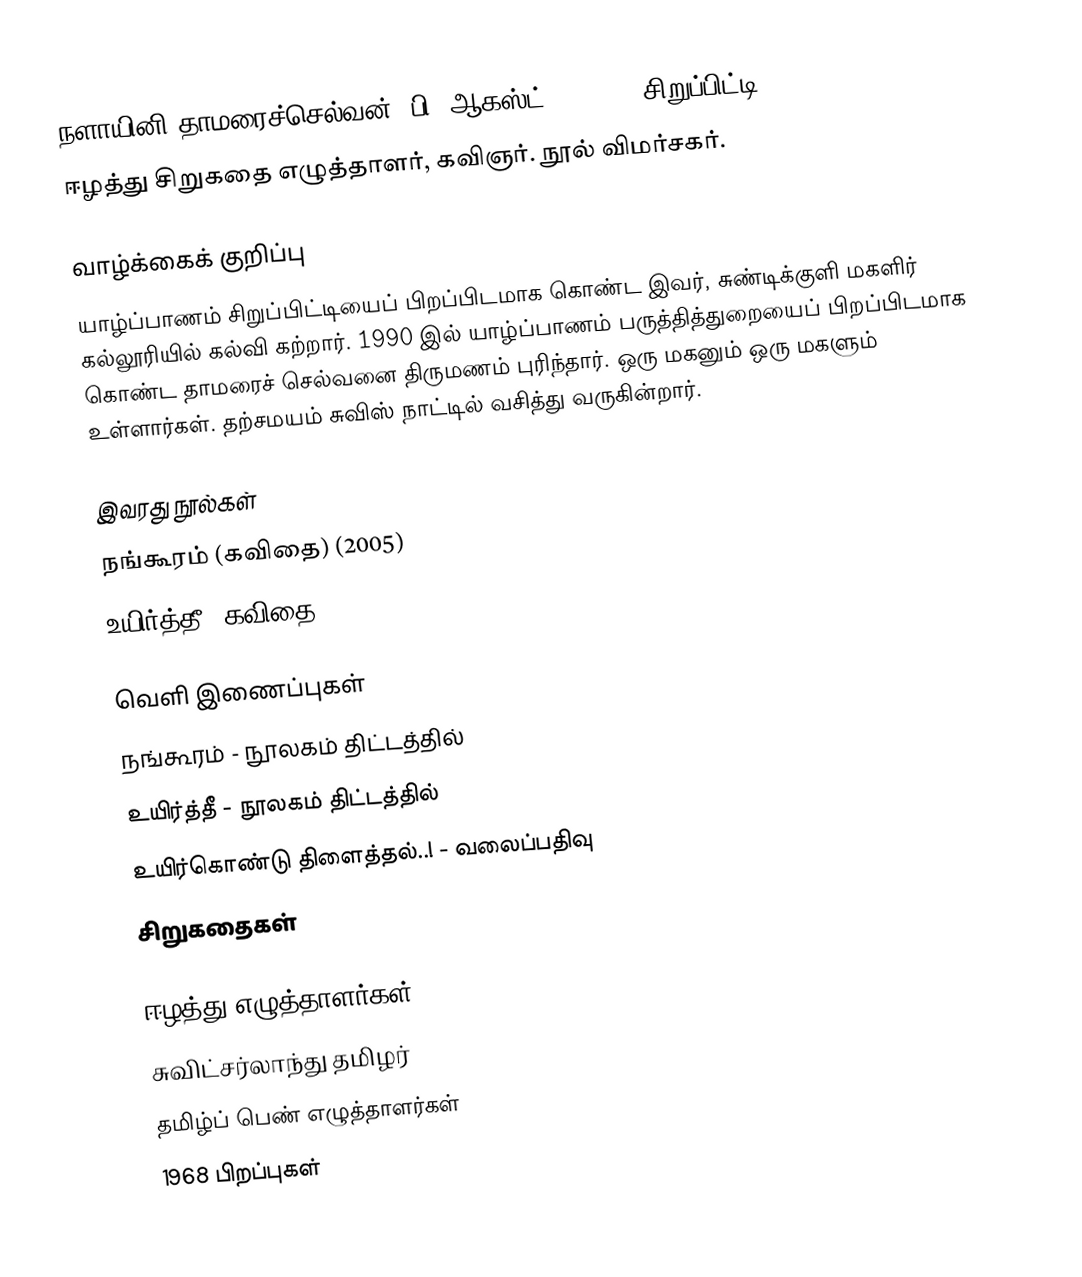
நளாயினி தாமரைச்செல்வன் (பி. ஆகஸ்ட் 5, 1968, சிறுப்பிட்டி]).
ஈழத்து சிறுகதை எழுத்தாளர், கவிஞர். நூல் விமர்சகர்.

வாழ்க்கைக் குறிப்பு
யாழ்ப்பாணம் சிறுப்பிட்டியைப் பிறப்பிடமாக கொண்ட இவர், சுண்டிக்குளி மகளிர் கல்லூரியில் கல்வி கற்றார். 1990 இல் யாழ்ப்பாணம் பருத்தித்துறையைப் பிறப்பிடமாக கொண்ட தாமரைச் செல்வனை  திருமணம் புரிந்தார். ஒரு மகனும் ஒரு மகளும் உள்ளார்கள். தற்சமயம் சுவிஸ் நாட்டில் வசித்து வருகின்றார்.

இவரது நூல்கள்
நங்கூரம் (கவிதை) (2005)
உயிர்த்தீ (கவிதை) (2005)

வெளி இணைப்புகள்
 நங்கூரம் - நூலகம் திட்டத்தில்
 உயிர்த்தீ  - நூலகம் திட்டத்தில்
  உயிர்கொண்டு திளைத்தல்..! - வலைப்பதிவு
 சிறுகதைகள்

ஈழத்து எழுத்தாளர்கள்
சுவிட்சர்லாந்து தமிழர்
தமிழ்ப் பெண் எழுத்தாளர்கள்
1968 பிறப்புகள்